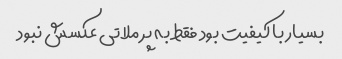
بسیار با کیفیت بود فقط به پر ملاتی عکسش نبود